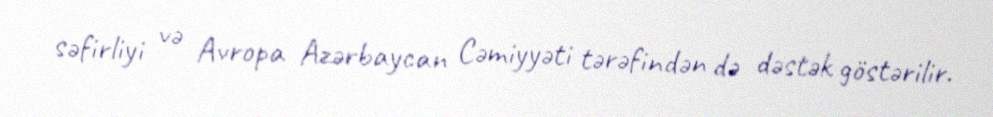
səfirliyi və Avropa Azərbaycan Cəmiyyəti tərəfindən də dəstək göstərilir.